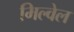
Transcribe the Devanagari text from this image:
मिल्वेल